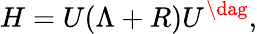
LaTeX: H=U(\Lambda+R)U^{\dag},